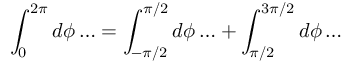
\int _ { 0 } ^ { 2 \pi } d \phi \ldots = \int _ { - \pi / 2 } ^ { \pi / 2 } d \phi \ldots + \int _ { \pi / 2 } ^ { 3 \pi / 2 } d \phi \ldots